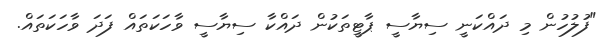
"ފުލުހުން މި ދައްކަނީ ސިޔާސީ ޕާޓީތަކުން ދައްކާ ސިޔާސީ ވާހަކަތައް ފަދަ ވާހަކަތައް.